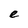
Character: e